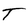
Character: T